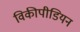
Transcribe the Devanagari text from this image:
विकीपीडियन